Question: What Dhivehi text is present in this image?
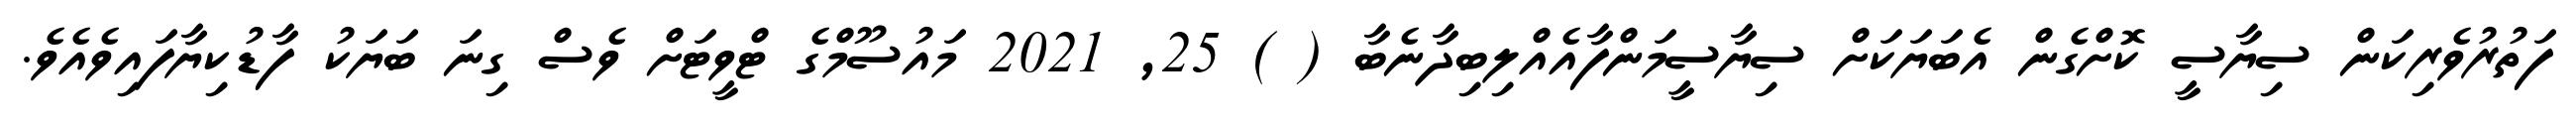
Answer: ފަތުރުވެރިކަން ސިޔާސީ ކޮށްގެން އެބަޔަކަށް ސިޔާސީމަންފާއެއްލިބިދާނެބާ ( ) 25, 2021 މައުސޫމްގެ ޓްވީޓަށް ވެސް ގިނަ ބަޔަކު ފާޑުކިޔާފައިވެއެވެ.